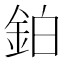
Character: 鉑